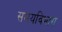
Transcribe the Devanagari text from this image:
समयविभाग